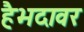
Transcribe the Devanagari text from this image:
हैभदावर